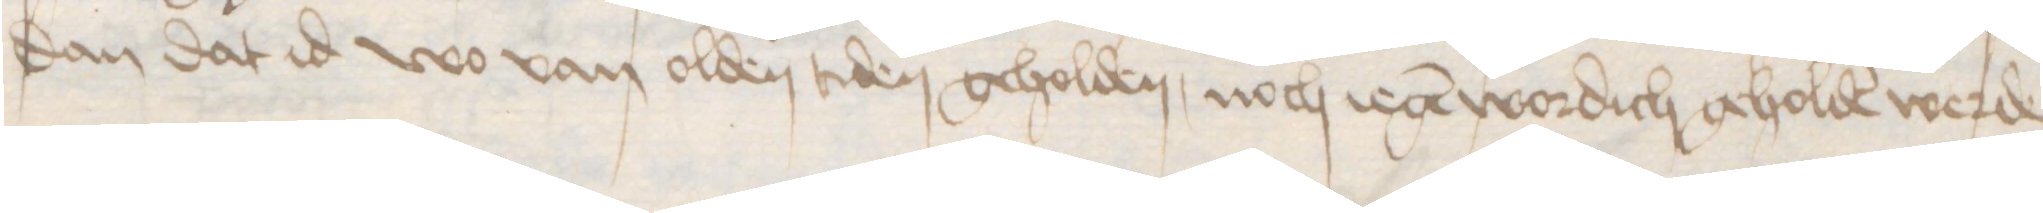
dan dat id wo van olden tiden geholden, noch iegen wordich geholden werde